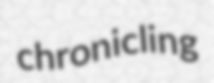
chronicling